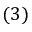
( 3 )